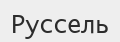
Руссель